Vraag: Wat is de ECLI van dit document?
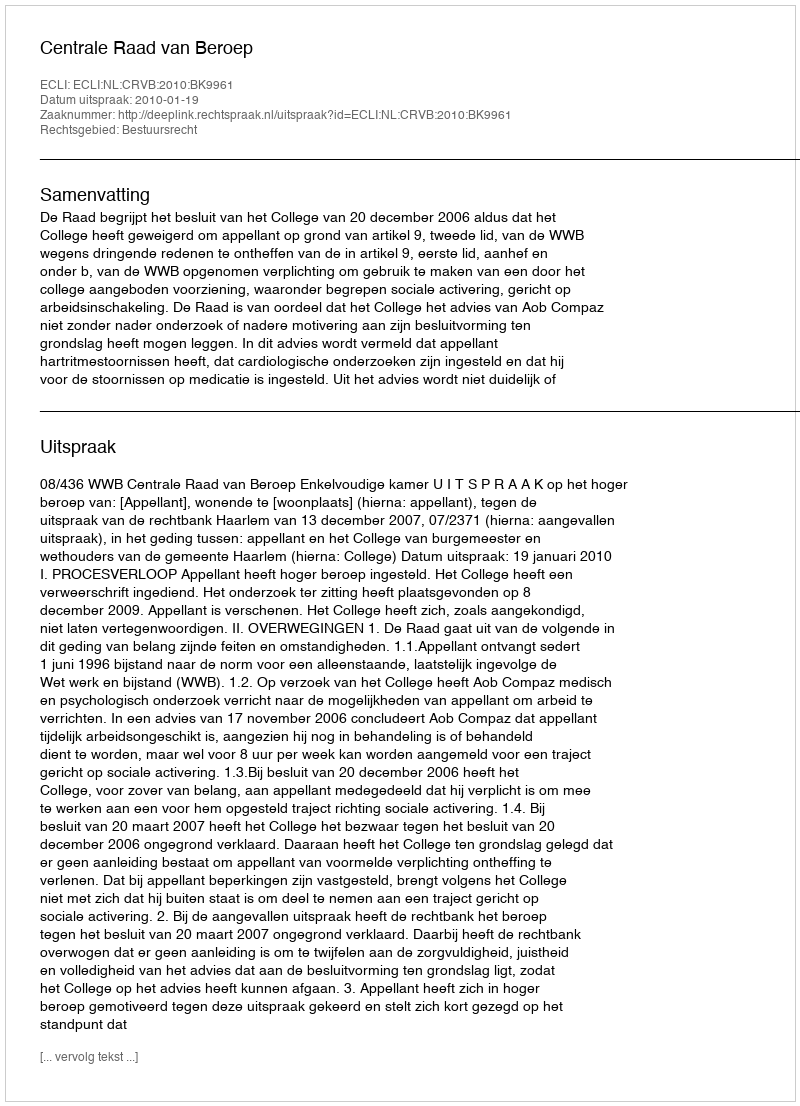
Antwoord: ECLI:NL:CRVB:2010:BK9961